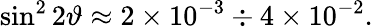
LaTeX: \sin^{2}2\vartheta\approx 2\times 10^{-3}\div 4\times 10^{-2}.